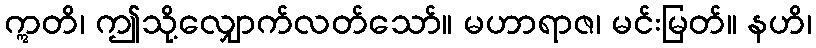
ဣတိ၊ ဤသို့လျှောက်လတ်သော်။ မဟာရာဇ၊ မင်းမြတ်။ နဟိ၊